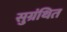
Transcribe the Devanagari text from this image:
सुग्रंथित